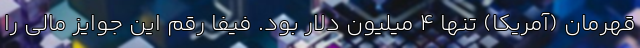
قهرمان (آمریکا) تنها 4 میلیون دلار بود. فیفا رقم این جوایز مالی را